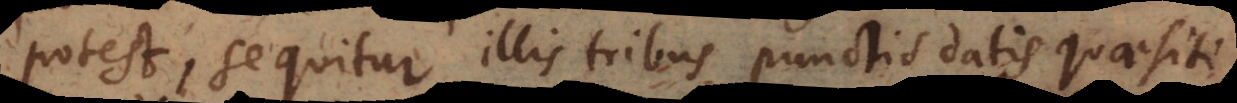
potest, sequitur illis tribus punctis datis quaesiti